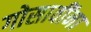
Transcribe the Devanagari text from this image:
गोसावींना